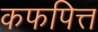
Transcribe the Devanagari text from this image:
कफपित्त